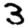
Digit: 3